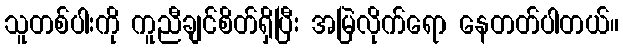
သူတစ်ပါးကို ကူညီချင်စိတ်ရှိပြီး အမြဲလိုက်ရော နေတတ်ပါတယ်။